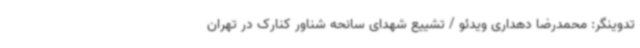
تدوینگر: محمدرضا دهداری ویدئو / تشییع شهدای سانحه شناور کنارک در تهران